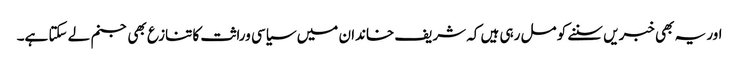
اور یہ بھی خبریں سننے کو مل رہی ہیں کہ شریف خاندان میں سیاسی وراثت کا تنازع بھی جنم لے سکتا ہے۔